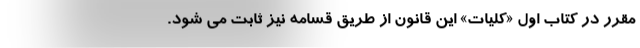
مقرر در کتاب اول «کلیات» این قانون از طریق قسامه نیز ثابت می شود.